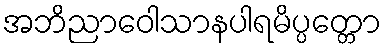
အဘိညာဝေါသာနပါရမိပ္ပတ္တော